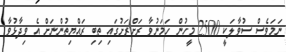
ނަމަވެސް ސުވާލަކީ 2500 މީހުން ހަމަނުވާ ރަށްރަށުގައި ތިބި ރައްޔިތުންނަށް އެ ވިދާޅުވާ